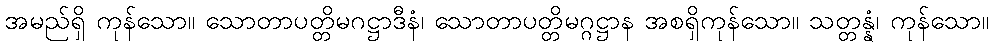
အမည်ရှိ ကုန်သော။ သောတာပတ္တိမဂဋ္ဌာဒီနံ၊ သောတာပတ္တိမဂ္ဂဋ္ဌာန အစရှိကုန်သော။ သတ္တန္နံ၊ ကုန်သော။